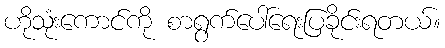
ဟိုသုံးကောင်ကို စာရွက်ပေါ်ရေးပြခိုင်းရတယ်။